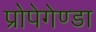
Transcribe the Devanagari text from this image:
प्रोपेगेण्डा